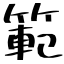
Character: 範